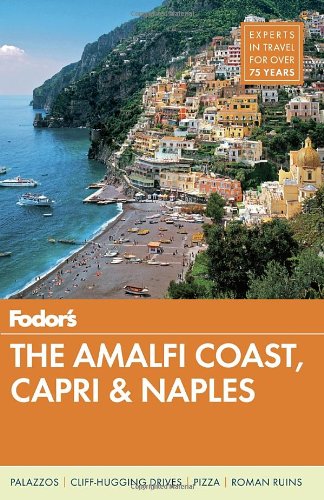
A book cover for Fodor's The Amalfi Coast, Capri & Naples (Full-color Travel Guide); Fodor's; Travel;